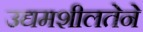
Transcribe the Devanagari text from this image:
उद्यमशीलतेने